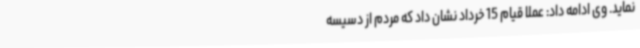
نماید. وی ادامه داد: عملا قیام 15 خرداد نشان داد که مردم از دسیسه